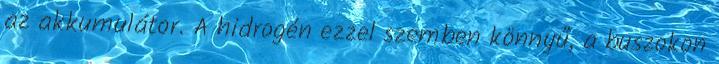
az akkumulátor. A hidrogén ezzel szemben könnyű, a buszokon